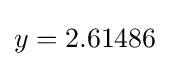
y=2.61486